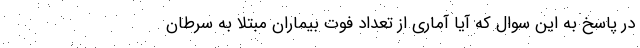
در پاسخ به این سوال که آیا آماری از تعداد فوت بیماران مبتلا به سرطان